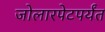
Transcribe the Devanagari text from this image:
जोलारपेटपर्यंत